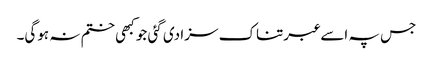
جس پہ اسے عبرتناک سزا دی گئی جو کبھی ختم نہ ہوگی۔